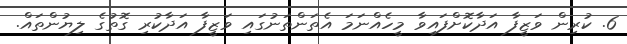
6. ކުރިން ވަޒީފާ އަދާކޮށްފައިވާ މީހެއްނަމަ އެތަންތަނުގައި ވަޒީފާ އަދާކުރި ގޮތުގެ ލިޔުންތައް.